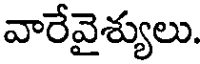
వారేవైశ్యులు.